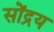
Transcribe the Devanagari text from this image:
सोंद्रय